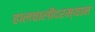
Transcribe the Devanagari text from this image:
हालचालींदरम्यान